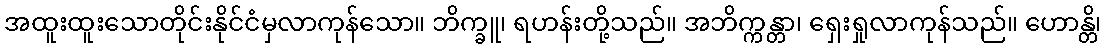
အထူးထူးသောတိုင်းနိုင်ငံမှလာကုန်သော။ ဘိက္ခူ၊ ရဟန်းတို့သည်။ အဘိက္ကန္တာ၊ ရှေးရှုလာကုန်သည်။ ဟောန္တိ၊